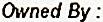
OWNED BY :